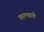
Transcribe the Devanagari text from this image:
हरल्याचे